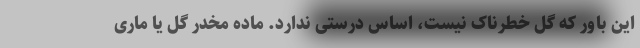
این باور که گل خطرناک نیست، اساس درستی ندارد. ماده مخدر گل یا ماری